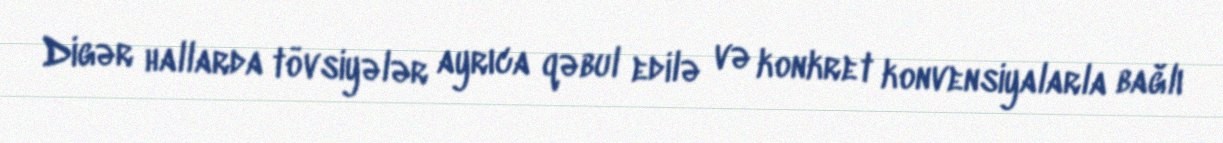
Digər hallarda tövsiyələr ayrıca qəbul edilə və konkret konvensiyalarla bağlı